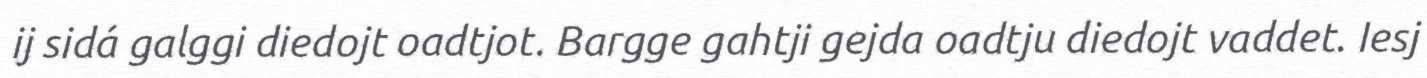
ij sidá galggi diedojt oadtjot. Bargge gahtji gejda oadtju diedojt vaddet. Iesj